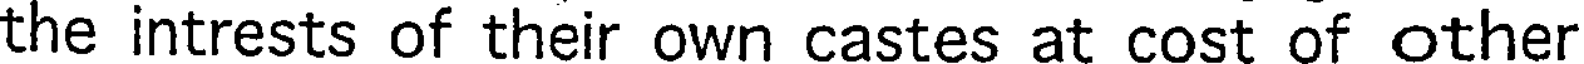
the intrests of their own castes at cost of other